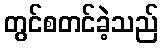
တွင်စတင်ခဲ့သည်